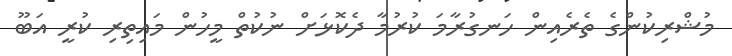
މުޝްރިކުންގެ ތެރެއިން ހަނގުރާމަ ކުރުމާ ދެކޮޅަށް ނުކުތް މީހުން މައިތިރި ކުރީ އަބޫ